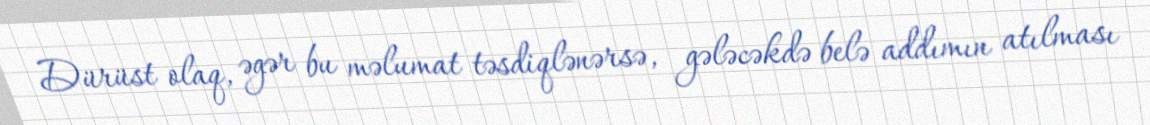
Dürüst olaq, əgər bu məlumat təsdiqlənərsə, gələcəkdə belə addımın atılması